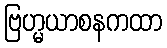
ဗြဟ္မယာစနကထာ